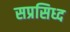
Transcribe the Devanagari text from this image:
सप्रसिध्द